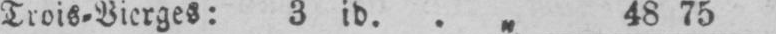
Trois⸗Vierges: 3 id.. „ 48 75